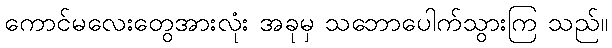
ကောင်မလေးတွေအားလုံး အခုမှ သဘောပေါက်သွားကြ သည်။